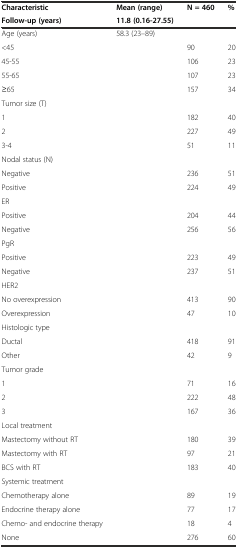
<table><thead><tr><td><b>Characteristic</b></td><td><b>Mean (range)</b></td><td><b>N = 460</b></td><td><b>%</b></td></tr><tr><td><b>Follow-up (years)</b></td><td><b>11.8 (0.16-27.55)</b></td><td>[EMPTY_CELL]</td><td>[EMPTY_CELL]</td></tr></thead><tbody><tr><td>Age (years)</td><td>58.3 (23–89)</td><td>[EMPTY_CELL]</td><td>[EMPTY_CELL]</td></tr><tr><td>&lt;45</td><td>[EMPTY_CELL]</td><td>90</td><td>20</td></tr><tr><td>45-55</td><td>[EMPTY_CELL]</td><td>106</td><td>23</td></tr><tr><td>55-65</td><td>[EMPTY_CELL]</td><td>107</td><td>23</td></tr><tr><td>≥65</td><td>[EMPTY_CELL]</td><td>157</td><td>34</td></tr><tr><td>Tumor size (T)</td><td>[EMPTY_CELL]</td><td>[EMPTY_CELL]</td><td>[EMPTY_CELL]</td></tr><tr><td>1</td><td>[EMPTY_CELL]</td><td>182</td><td>40</td></tr><tr><td>2</td><td>[EMPTY_CELL]</td><td>227</td><td>49</td></tr><tr><td>3-4</td><td>[EMPTY_CELL]</td><td>51</td><td>11</td></tr><tr><td>Nodal status (N)</td><td>[EMPTY_CELL]</td><td>[EMPTY_CELL]</td><td>[EMPTY_CELL]</td></tr><tr><td>Negative</td><td>[EMPTY_CELL]</td><td>236</td><td>51</td></tr><tr><td>Positive</td><td>[EMPTY_CELL]</td><td>224</td><td>49</td></tr><tr><td>ER</td><td>[EMPTY_CELL]</td><td>[EMPTY_CELL]</td><td>[EMPTY_CELL]</td></tr><tr><td>Positive</td><td>[EMPTY_CELL]</td><td>204</td><td>44</td></tr><tr><td>Negative</td><td>[EMPTY_CELL]</td><td>256</td><td>56</td></tr><tr><td>PgR</td><td>[EMPTY_CELL]</td><td>[EMPTY_CELL]</td><td>[EMPTY_CELL]</td></tr><tr><td>Positive</td><td>[EMPTY_CELL]</td><td>223</td><td>49</td></tr><tr><td>Negative</td><td>[EMPTY_CELL]</td><td>237</td><td>51</td></tr><tr><td>HER2</td><td>[EMPTY_CELL]</td><td>[EMPTY_CELL]</td><td>[EMPTY_CELL]</td></tr><tr><td>No overexpression</td><td>[EMPTY_CELL]</td><td>413</td><td>90</td></tr><tr><td>Overexpression</td><td>[EMPTY_CELL]</td><td>47</td><td>10</td></tr><tr><td>Histologic type</td><td>[EMPTY_CELL]</td><td>[EMPTY_CELL]</td><td>[EMPTY_CELL]</td></tr><tr><td>Ductal</td><td>[EMPTY_CELL]</td><td>418</td><td>91</td></tr><tr><td>Other</td><td>[EMPTY_CELL]</td><td>42</td><td>9</td></tr><tr><td>Tumor grade</td><td>[EMPTY_CELL]</td><td>[EMPTY_CELL]</td><td>[EMPTY_CELL]</td></tr><tr><td>1</td><td>[EMPTY_CELL]</td><td>71</td><td>16</td></tr><tr><td>2</td><td>[EMPTY_CELL]</td><td>222</td><td>48</td></tr><tr><td>3</td><td>[EMPTY_CELL]</td><td>167</td><td>36</td></tr><tr><td>Local treatment</td><td>[EMPTY_CELL]</td><td>[EMPTY_CELL]</td><td>[EMPTY_CELL]</td></tr><tr><td>Mastectomy without RT</td><td>[EMPTY_CELL]</td><td>180</td><td>39</td></tr><tr><td>Mastectomy with RT</td><td>[EMPTY_CELL]</td><td>97</td><td>21</td></tr><tr><td>BCS with RT</td><td>[EMPTY_CELL]</td><td>183</td><td>40</td></tr><tr><td>Systemic treatment</td><td>[EMPTY_CELL]</td><td>[EMPTY_CELL]</td><td>[EMPTY_CELL]</td></tr><tr><td>Chemotherapy alone</td><td>[EMPTY_CELL]</td><td>89</td><td>19</td></tr><tr><td>Endocrine therapy alone</td><td>[EMPTY_CELL]</td><td>77</td><td>17</td></tr><tr><td>Chemo- and endocrine therapy</td><td>[EMPTY_CELL]</td><td>18</td><td>4</td></tr><tr><td>None</td><td>[EMPTY_CELL]</td><td>276</td><td>60</td></tr></tbody></table>